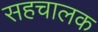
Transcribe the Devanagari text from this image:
सहचालक